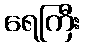
ရေကြီး